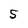
Character: 5